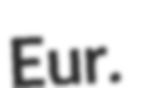
Eur.